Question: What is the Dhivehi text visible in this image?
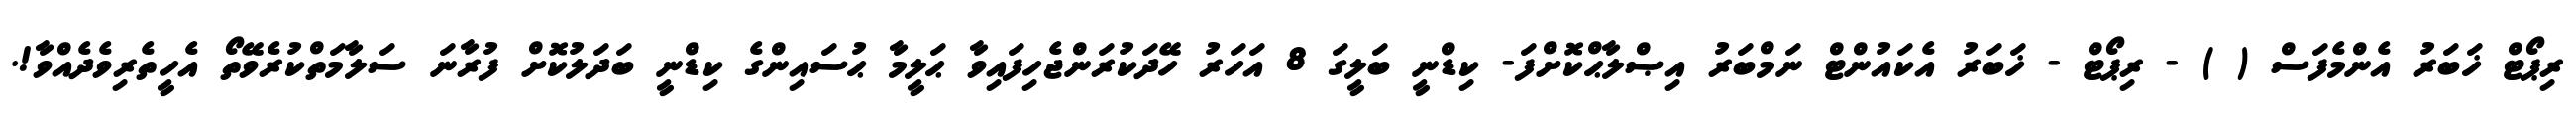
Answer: ރިޕޯޓް ޚަބަރު އެންމެފަސް ( ) - ރިޕޯޓް - ޚަބަރު އެކައުންޓް ނަމްބަރު އިޞްލާޙްކޮށްފަ- ކިޑްނީ ބަލީގަ 8 އަހަރު ހޭދަކުރަންޖެހިފައިވާ ޙަލީމާ ޙުސައިންގެ ކިޑްނީ ބަދަލުކޮށް ފުރާނަ ސަލާމަތްކުރެވޭތޯ އެހީތެރިވެދެއްވާ!.